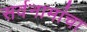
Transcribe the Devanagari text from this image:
सर्वनामांचा